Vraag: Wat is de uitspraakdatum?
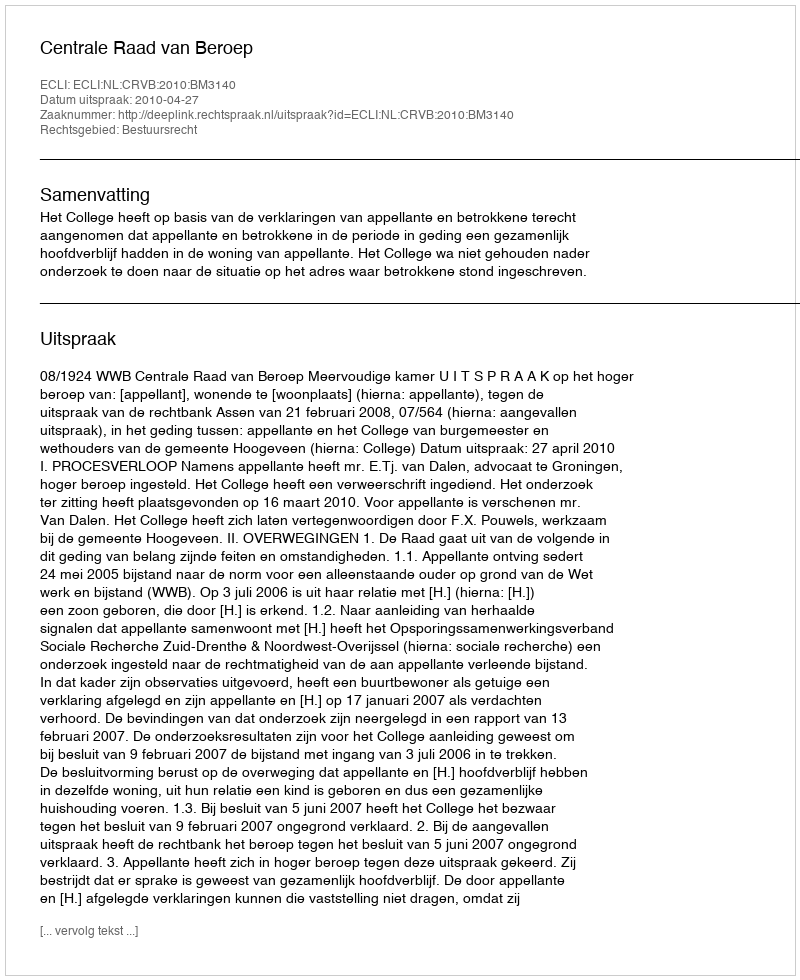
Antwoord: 2010-04-27